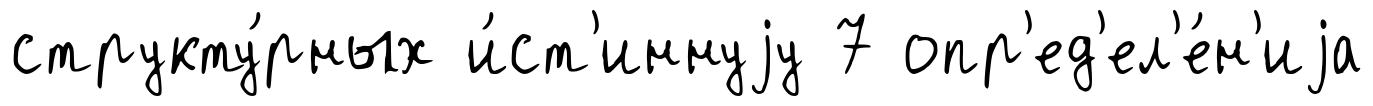
структу́рных и́ст'иннуjу 7 опр'ед'ел'е́н'иjа